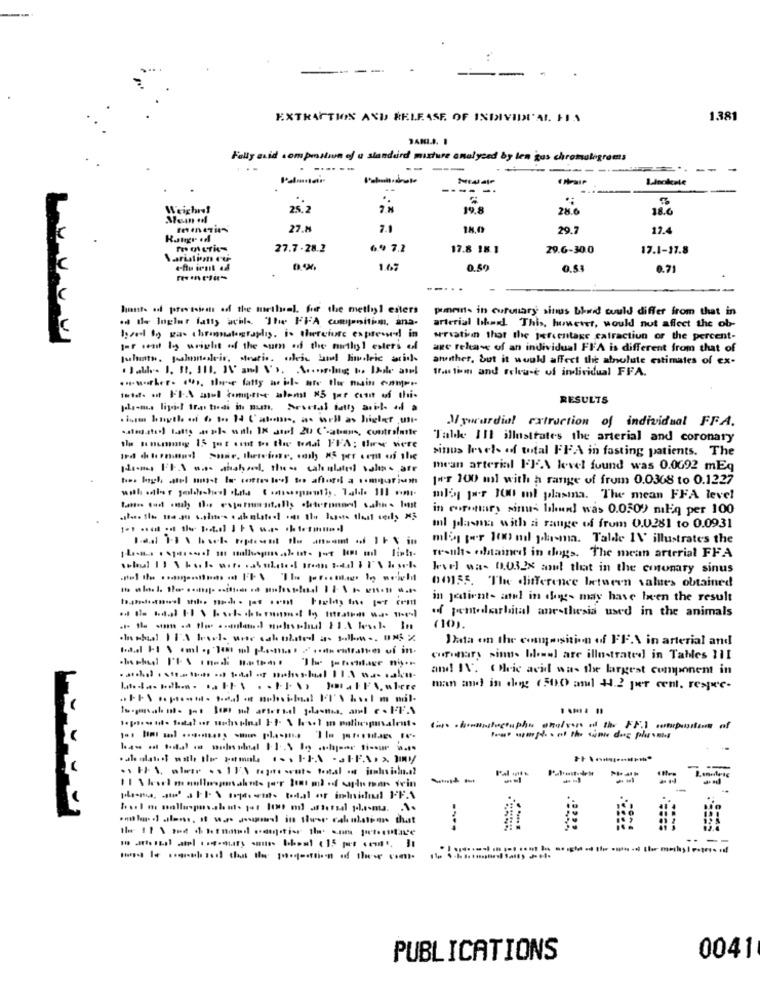
EXTRACTION AND RELEASE. OF INDIVIDUAL FIN
1381
Fally avid som pistion of u standard mixture analysed by len gas chromalegremts
---
2.5.2
19.8
28.6
18.6
27.8
7.1
18,0
29.7
12.4
Rangr +d
27.7 .28.2
6.9 7.2
17.8 18.1
29.6-30.0
17.1-17.8
1.67
0.50
0.53
0.71
hasits ad pores tions of the methisel. for the methyl esters
piment- in curunary sinus bhuid could differ from that in
.dd de loglar fatty achle. "The FFA companitim, ana-
arterial bilimid. This, however, would not affect the ob-
Ized to gas chromatography. i. therefore expreswl in
wriation that the percentage cafraction of the percent-
por som ly wwwwlit .of the sum of the methyl esters ol
age release of an individual FFA is different from that of
ameither, but it would affect the abnulute estimates of ex-
tras tim and Feleu-e of individual FFA.
1std. ot INA anst himgere aloml x5 por cion of this
RESULTS
Mywardial extraction of individual FFA.
Talk III illustrates the arterial and coronary
the souming is ot ant to the medal FFA; they were
sinus levels of total FFA in fasting patients. The
Hinaus It was asshol, these caleslated salas arr
mean arterial FFA level found was 0.0692 mEq
hos loph, atul musst fa correo low to afford a somquarium
[+r 100 ml with a range of frum 0.0368 to 0.1227
miley por 100 ml plasma. The mean FFA level
in coronary sinus blunt was 0.0509 mitg per 100
al plasma with a range of from 0.0281 to 0.0931
mlig per 100 nil plasma. Talde 1\' illustrates the
results obtained in dogs. The mean arterial FFA
Jarl was 01.03.2x mout that in the coronary sinus
00155. The difference between values obtained
in jedtient- atel in ohyg- may have been the result
of pentedlarhital anesthesia used in the animals
(10).
Ihadta on the congosition of FF.\ in arterial and
(afinary sints blomel are illustrated in Tables 111
and IV. CHric acid was the largest component in
man and in dog (500 and 44.2 per cent, respec-
--
----
PUBLICATIONS
0041